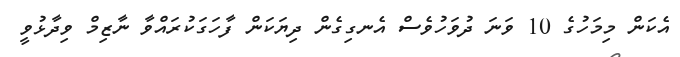
އެކަން މިމަހުގެ 10 ވަނަ ދުވަހުވެސް އެނގިގެން ދިޔަކަން ފާހަގަކުރައްވާ ނާޒިމް ވިދާޅުވީ